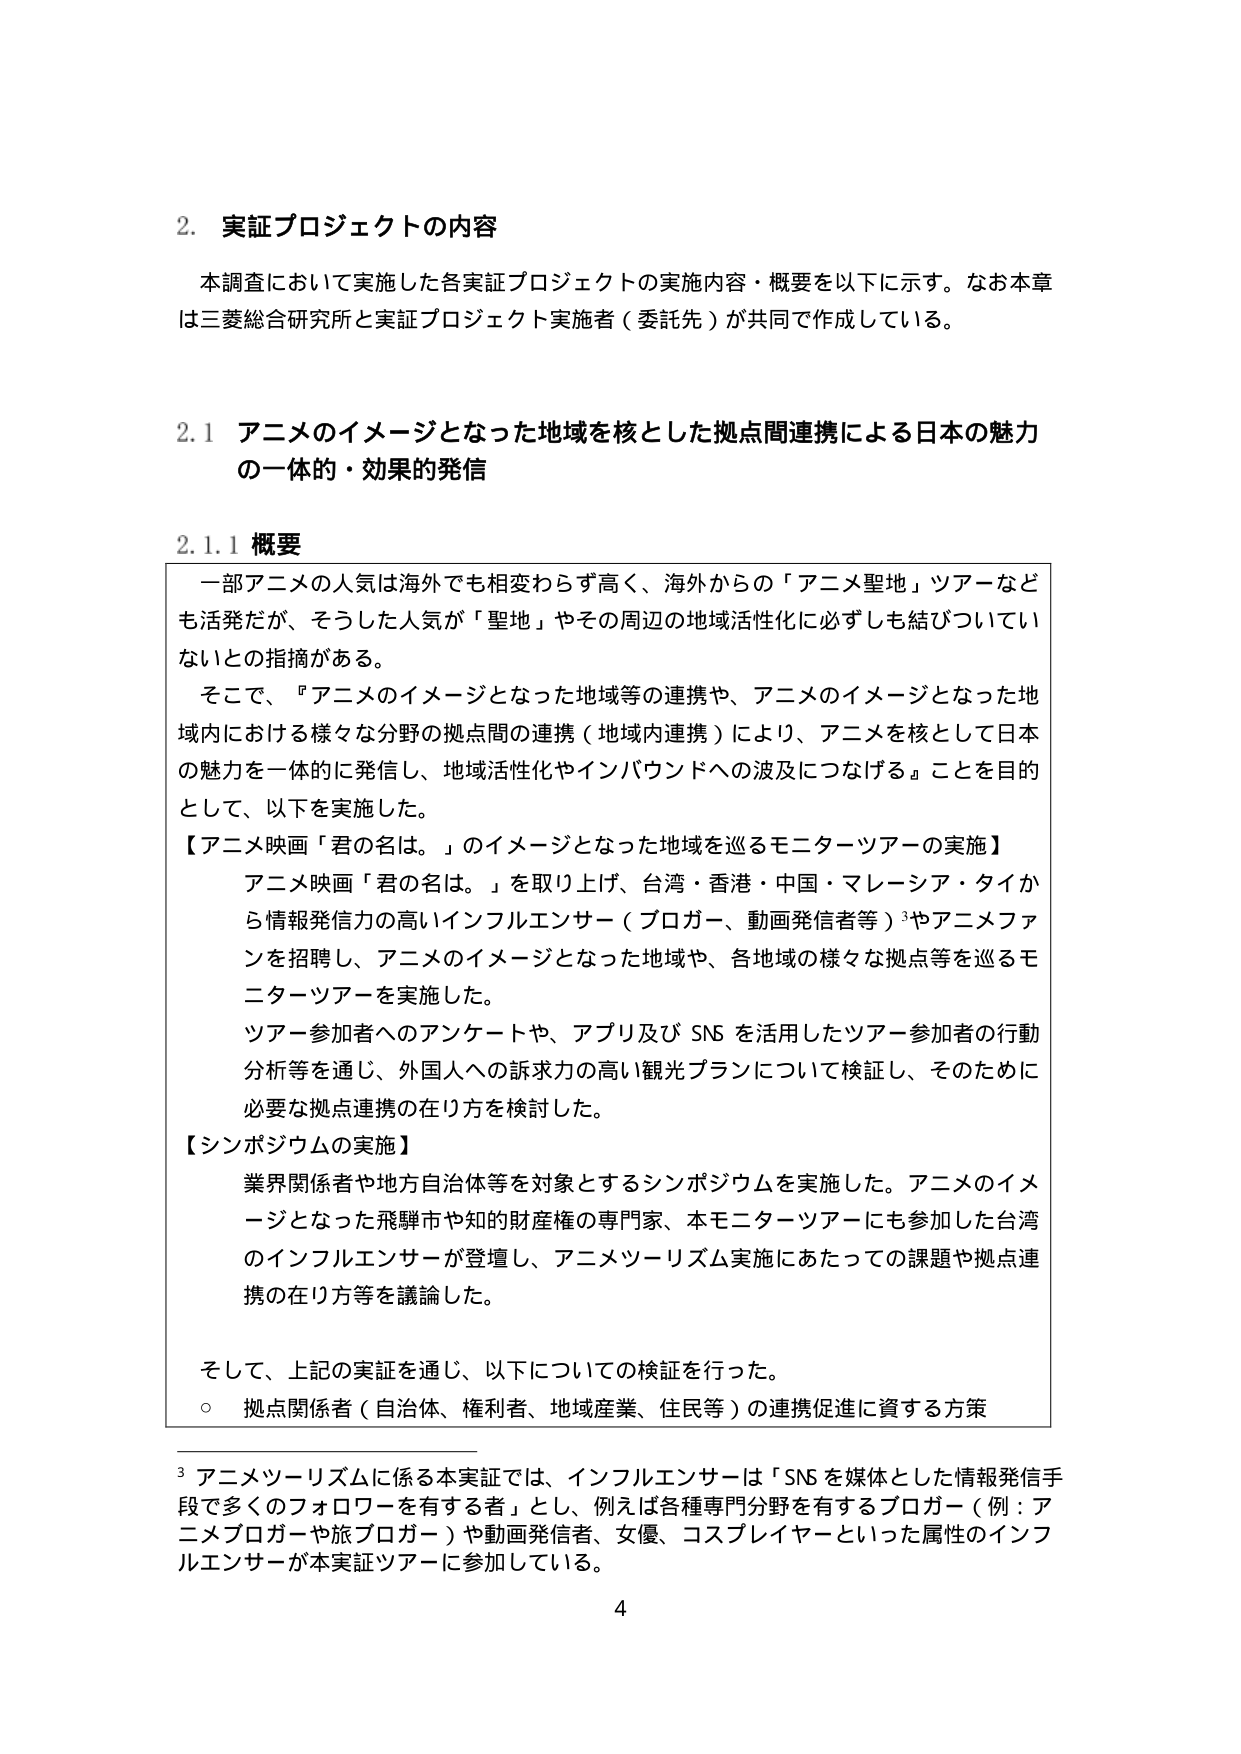
2. 実証プロジェクトの内容

本調査において実施した各実証プロジェクトの実施内容・概要を以下に示す。なお本章は三菱総合研究所と実証プロジェクト実施者（委託先）が共同で作成している。

2.1 アニメのイメージとなった地域を核とした拠点間連携による日本の魅力の一体的・効果的発信

2.1.1 概要

一部アニメの人気は海外でも相変わらず高く、海外からの「アニメ聖地」ツアーなども活発だが、そうした人気が「聖地」やその周辺の地域活性化に必ずしも結びついていないとの指摘がある。

そこで、「アニメのイメージとなった地域等の連携や、アニメのイメージとなった地域内における様々な分野の拠点間の連携（地域内連携）により、アニメを核として日本の魅力を一体的に発信し、地域活性化やインバウンドへの波及につなげる」ことを目的として、以下を実施した。

【アニメ映画「君の名は。」のイメージとなった地域を巡るモニターツアーの実施】

アニメ映画「君の名は。」を取り上げ、台湾・香港・中国・マレーシア・タイから情報発信力の高いインフルエンサー（ブロガー、動画発信者等）³やアニメファンを招聘し、アニメのイメージとなった地域や、各地域の様々な拠点等を巡るモニターツアーを実施した。

ツアー参加者へのアンケートや、アプリ及びSNSを活用したツアー参加者の行動分析等を通じ、外国人への訴求力の高い観光プランについて検証し、そのために必要な拠点連携の在り方を検討した。

【シンポジウムの実施】

業界関係者や地方自治体等を対象とするシンポジウムを実施した。アニメのイメージとなった飛騨市や知的財産権の専門家、本モニターツアーにも参加した台湾のインフルエンサーが登壇し、アニメツーリズム実施にあたっての課題や拠点連携の在り方等を議論した。

そして、上記の実証を通じ、以下についての検証を行った。

○ 拠点関係者（自治体、権利者、地域産業、住民等）の連携促進に資する方策

³ アニメツーリズムに係る本実証では、インフルエンサーは「SNSを媒体とした情報発信手段で多くのフォロワーを有する者」とし、例えば各種専門分野を有するブロガー（例：アニメブロガーや旅ブロガー）や動画発信者、女優、コスプレイヤーといった属性のインフルエンサーが本実証ツアーに参加している。

4